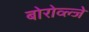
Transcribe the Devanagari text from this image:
बोरोव्ल्जे